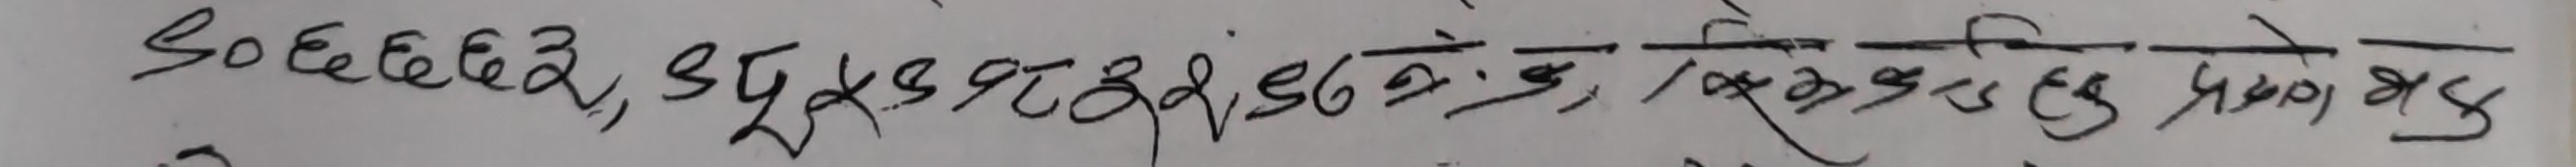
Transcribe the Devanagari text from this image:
९०६६६६२, ९६४५१२२१, ३१७१५ दिनांक ०१।०४।२०८०